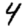
Digit: 4